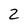
Character: 2